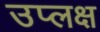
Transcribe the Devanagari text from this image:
उप्लक्ष